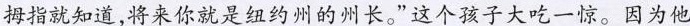
拇指就知道，将来你就是纽约州的州长。”这个孩子大吃一惊。因为他